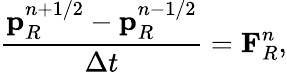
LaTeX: \frac{\mathbf{p}_{R}^{n+1/2}-\mathbf{p}_{R}^{n-1/2}}{\Delta t}=\mathbf{F}_{R}^{n},